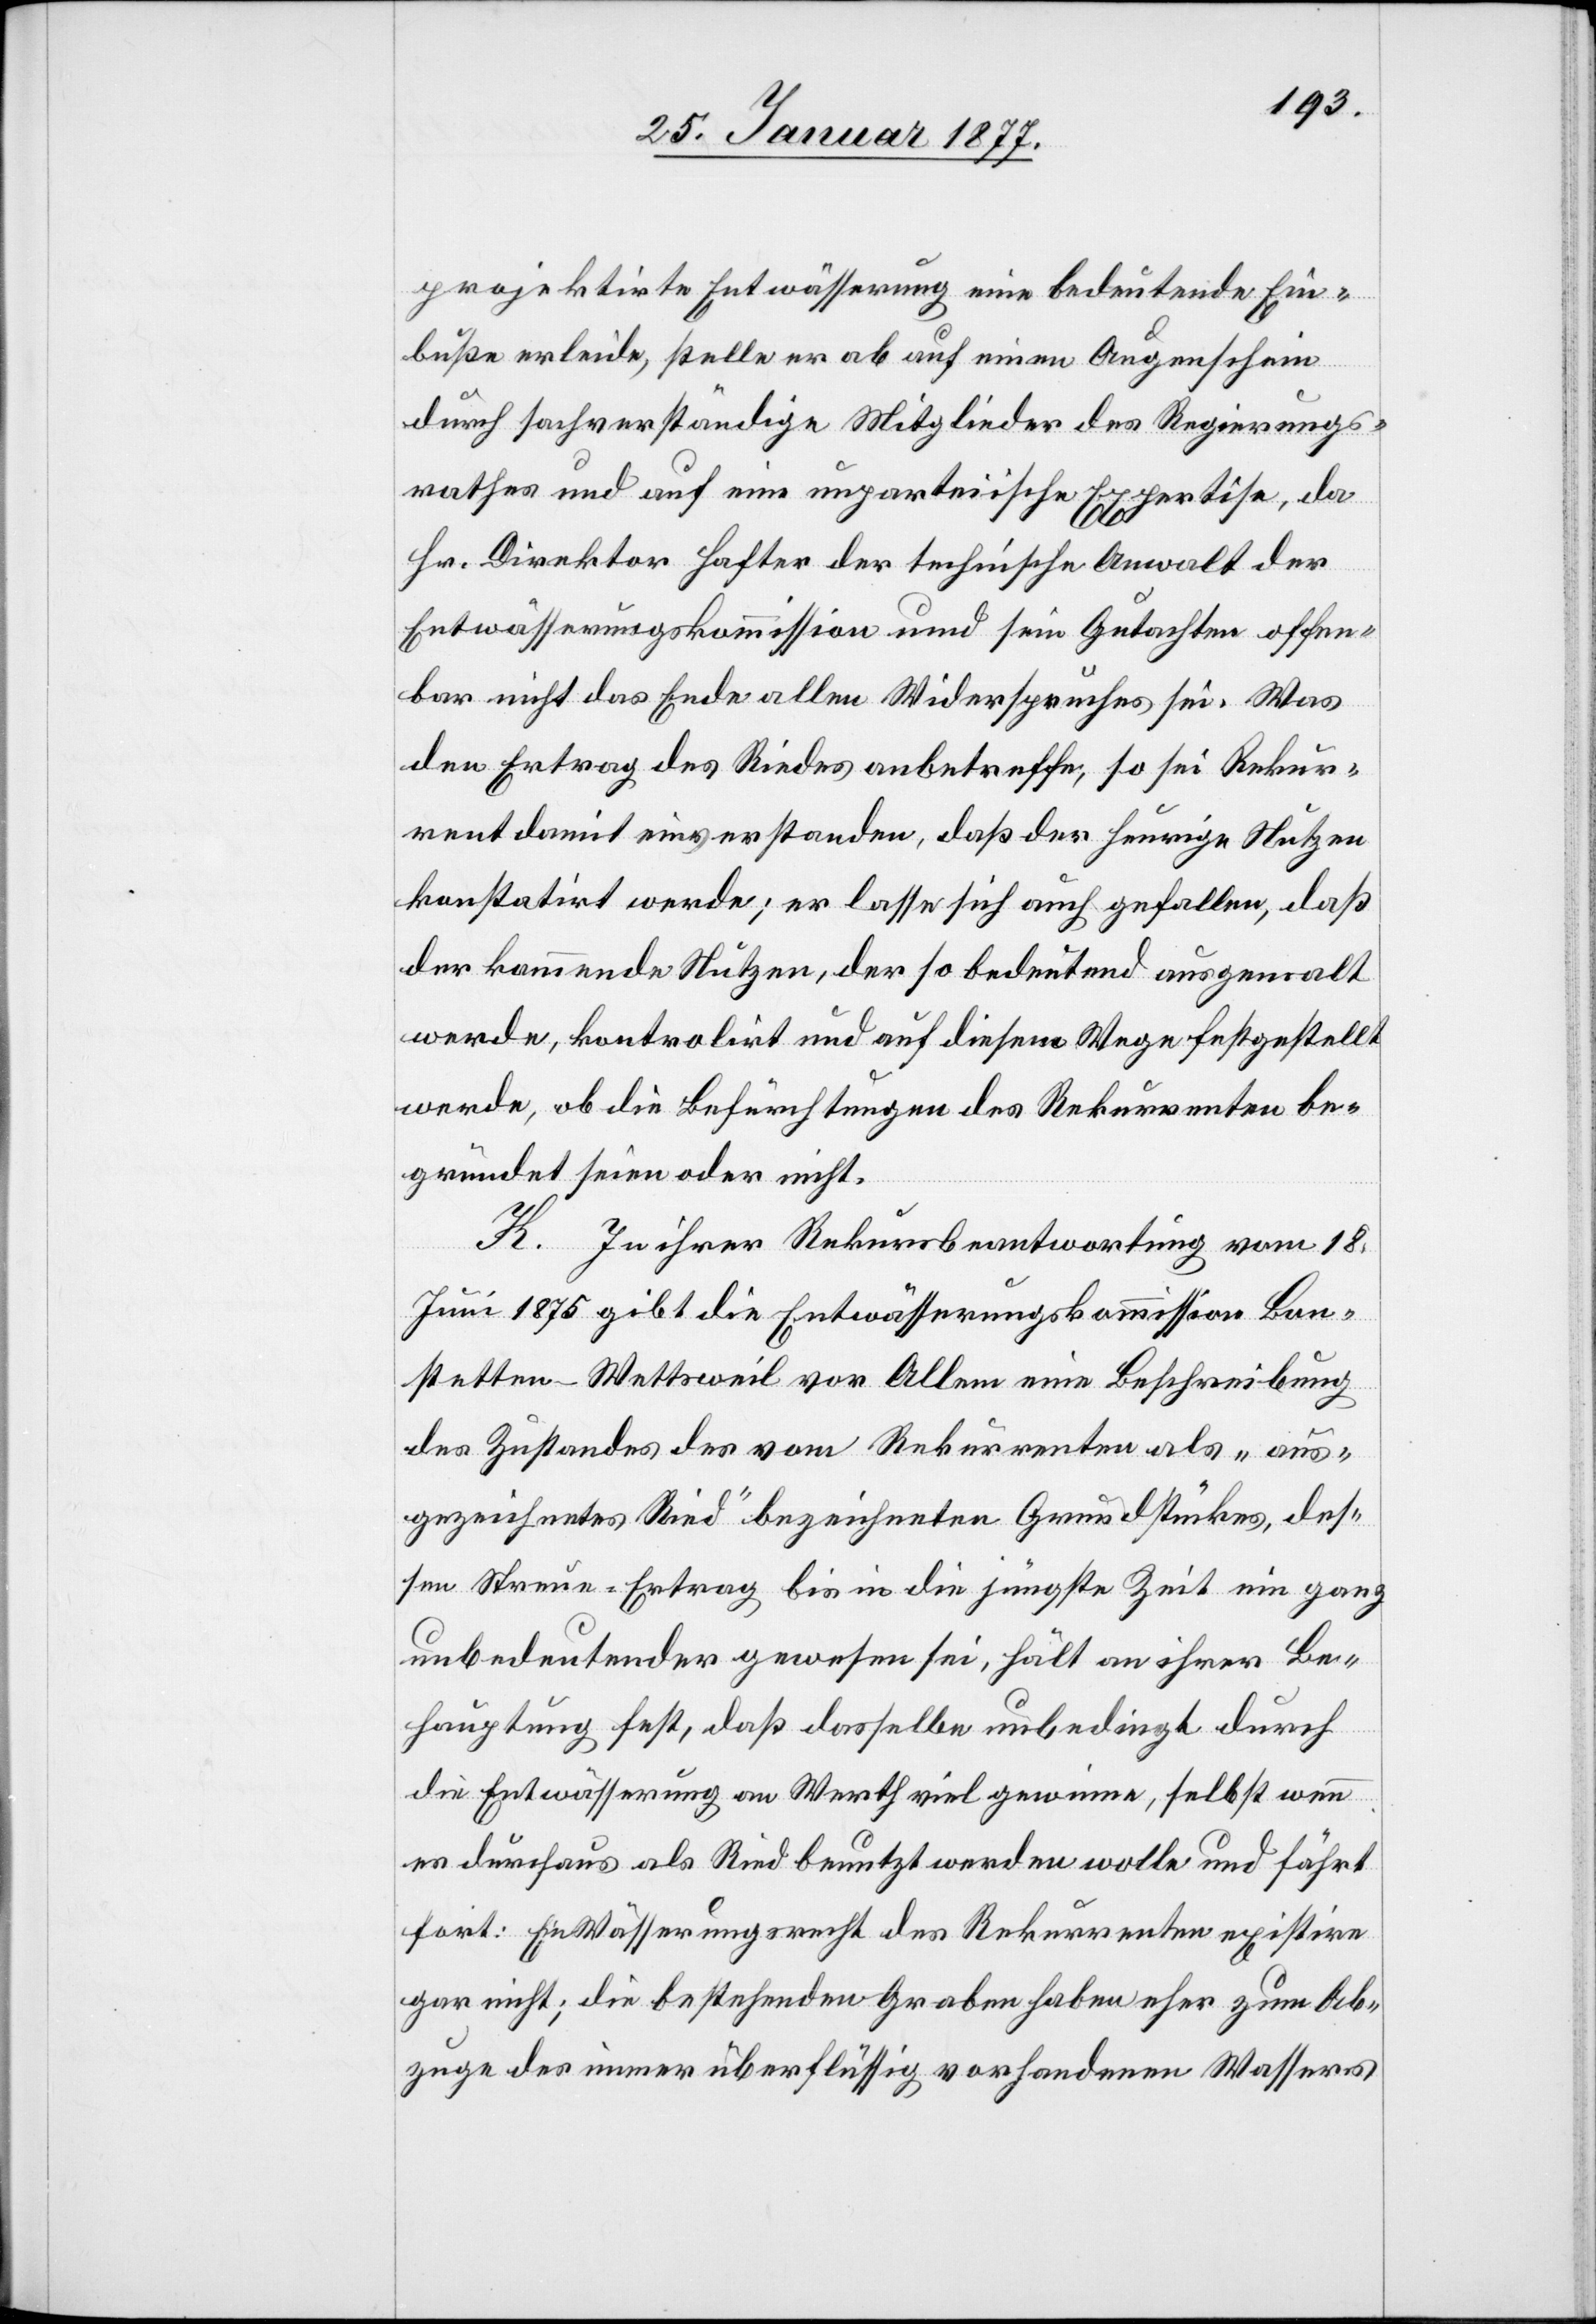
projektirte Entwässerung eine bedeutende Ein¬
buße erleide, stelle er ab auf einen Augenschein
durch sachverständige Mitglieder des Regierungs¬
rathes und auf eine unparteiische Expertise, da
Hr. Direktor Hafter der technische Anwalt der
Entwässerungskommission und sein Gutachten offen¬
bar nicht das Ende allen Widerspruches sei. Was
den Ertrag des Riedes anbetreffe, so sei Rekur¬
rent damit einverstanden, daß der heurige Nutzen
konstatirt werde; er lasse sich auch gefallen, daß
der kommende Nutzen, der so bedeutend ausgemalt
werde, kontrolirt und auf diesem Wege festgestellt
werde, ob die Befürchtungen des Rekurrenten be¬
gründet seien oder nicht.
K. In ihrer Rekursbeantwortung vom 18.
Juni 1875 gibt die Entwässerungskommission Bon¬
stetten-Wettsweil vor Allem eine Beschreibung
des Zustandes des vom Rekurrenten als „aus¬
gezeichnetes Ried“ bezeichneten Grundstückes, des¬
sen Streue-Ertrag bis in die jüngste Zeit ein ganz
unbedeutender gewesen sei, hält an ihrer Be¬
hauptung fest, daß dasselbe unbedingt durch
die Entwässerung an Werth viel gewinne, selbst wenn
es durchaus als Ried benutzt werden wolle und fährt
fort: Ein Wässerungsrecht des Rekurrenten existire
gar nicht; die bestehenden Graben haben eher zum Ab¬
zuge des immer überflüssig vorhandenen Wassers